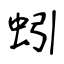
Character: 蚓